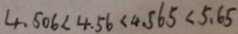
4 . 5 0 6 < 4 . 5 6 < 4 . 5 6 5 < 5 . 6 5